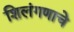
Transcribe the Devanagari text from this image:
शिलंगणाचे